65_HS1-834228961_62-HQ-83894_Section_2
Agency: FBI
Page 49
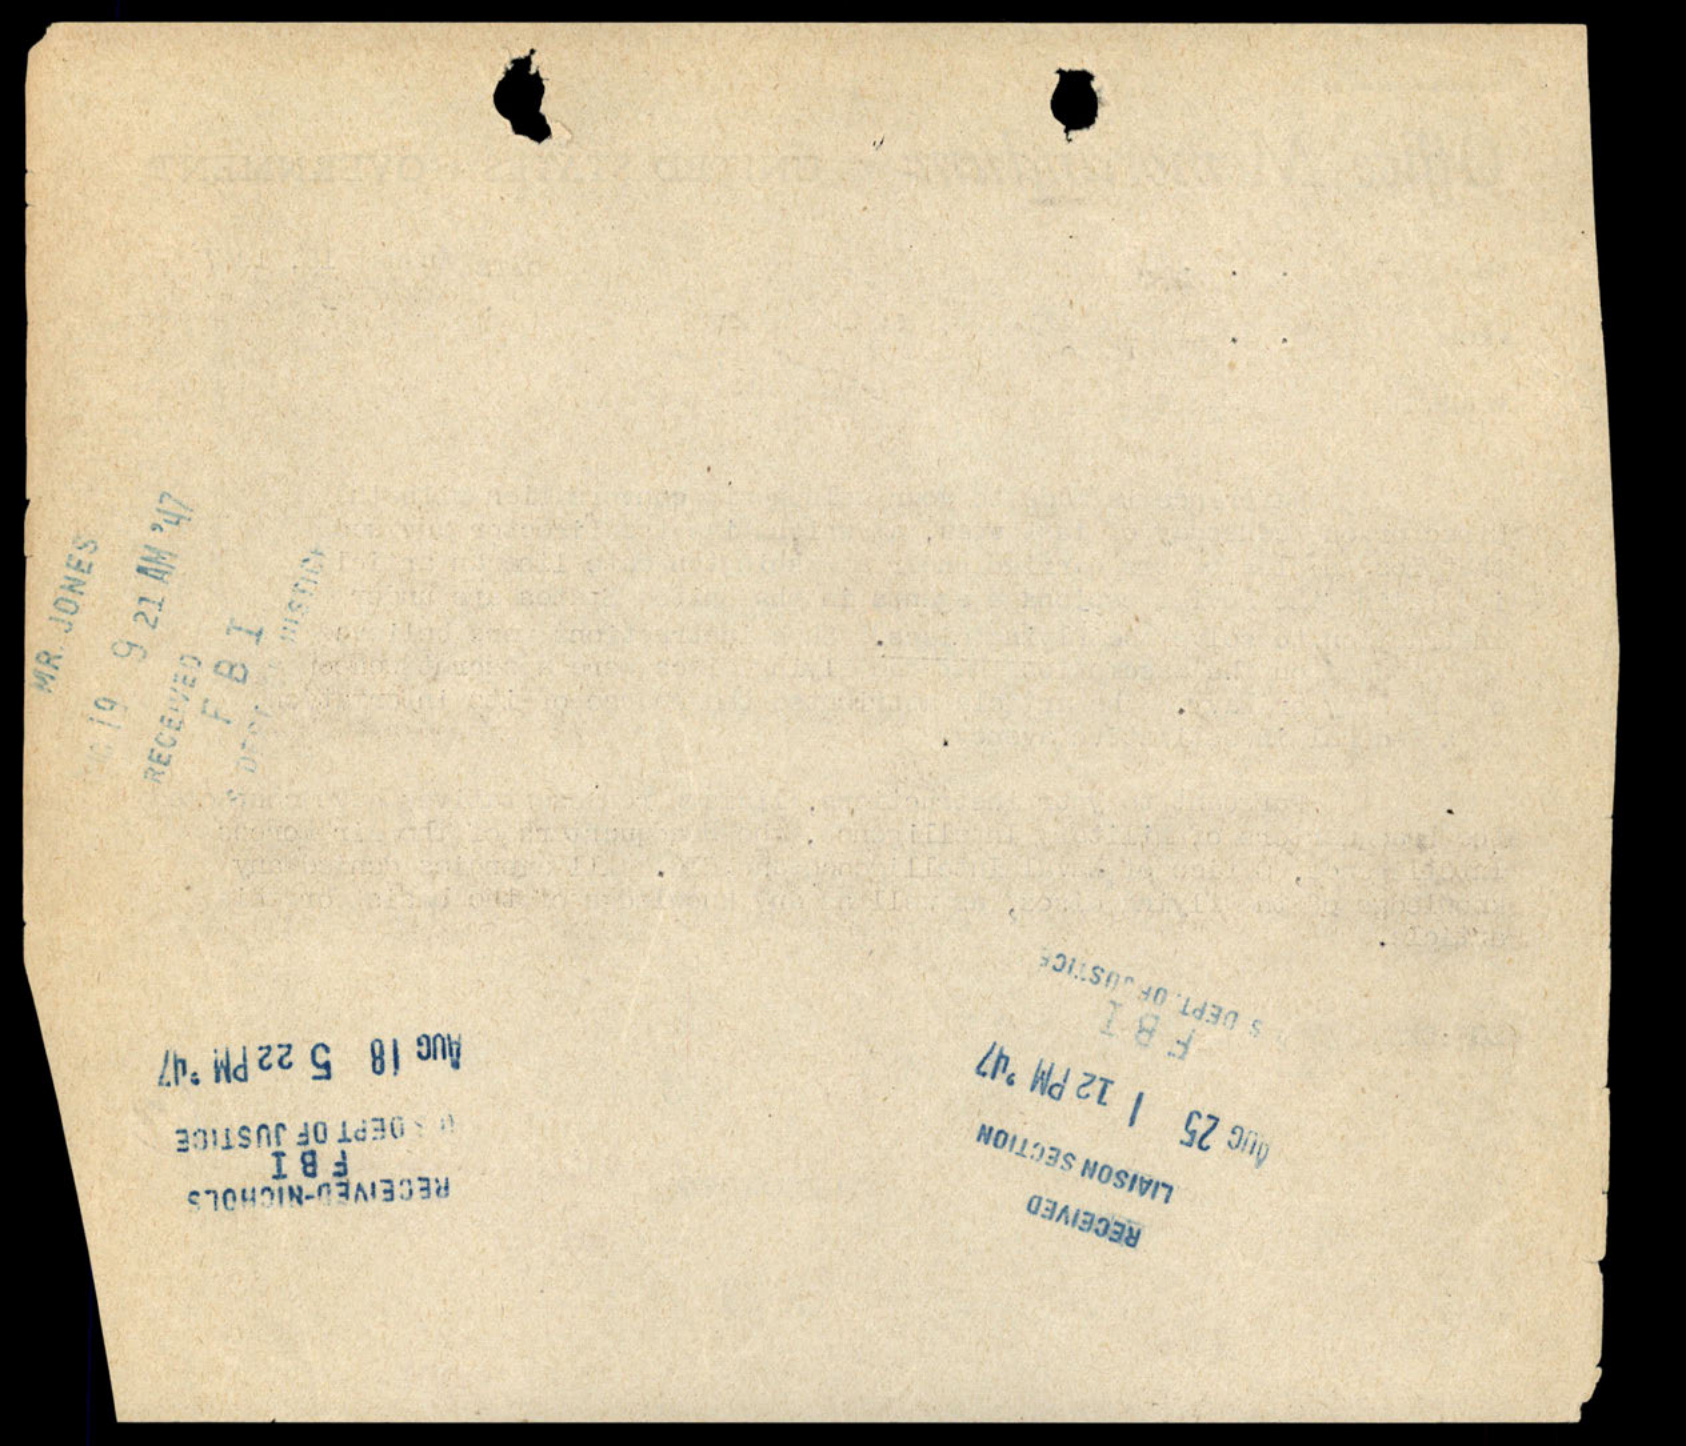